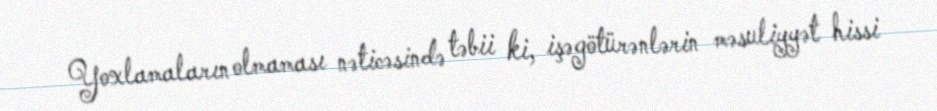
Yoxlamaların olmaması nəticəsində təbii ki, işəgötürənlərin məsuliyyət hissi